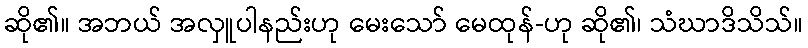
ဆို၏။ အဘယ် အလှူပါနည်းဟု မေးသော် မေထုန်-ဟု ဆို၏၊ သံဃာဒိသိသ်။